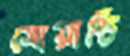
সোয়াস্তি